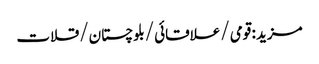
مزید : قومی /علاقائی /بلوچستان /قلات